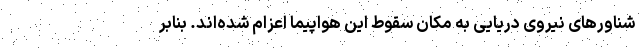
شناورهای نیروی دریایی به مکان سقوط این هواپیما اعزام شده‌اند. بنابر